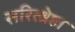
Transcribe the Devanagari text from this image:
सरित्श्रेष्ठा